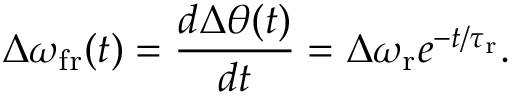
\Delta \omega _ { \mathrm { f r } } ( t ) = \frac { d \Delta \theta ( t ) } { d t } = \Delta \omega _ { \mathrm { r } } e ^ { - t / \tau _ { \mathrm { r } } } .